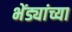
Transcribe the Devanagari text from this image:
भेंड्यांच्या